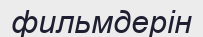
фильмдерін